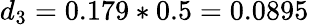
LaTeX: d_{3}=0.179*0.5=0.0895